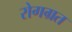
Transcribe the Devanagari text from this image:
रोगग्रत